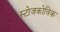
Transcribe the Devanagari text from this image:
स्टोजकोविक